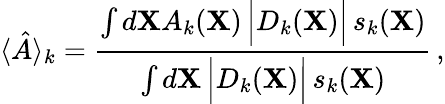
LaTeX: \langle\hat{A}\rangle_{k}=\frac{\int d{\mathbf X}A_{k}({\mathbf X})\, \Big|D_{k}({\mathbf X})\Big|\, s_{k}({\mathbf X})}{\int d{\mathbf X}\, \Big|D_{k}({\mathbf X})\Big|\, s_{k}({\mathbf X})}\, ,